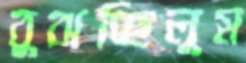
বুঝচ্ছিলুম